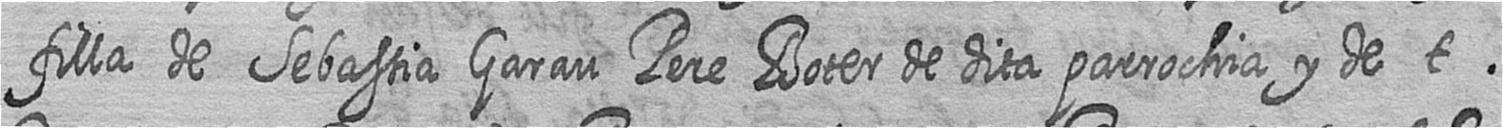
filla de Sebastia Garau Pere Boter de dita parrochia y de t